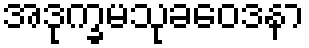
အဒုက္ခမသုခဝေဒနာ